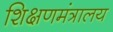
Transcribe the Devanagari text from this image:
शिक्षणमंत्रालय